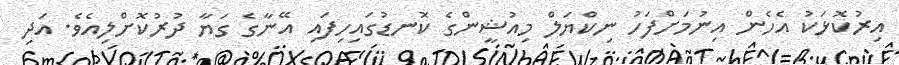
އިރުކޮޅަކު އެހެން އިނުމަށްފަހު ނިކްޔަލް މިއުޝީންގެ ކޮނޑުގައިހިފައި އޭނާގެ ގަޔާ ދުރުކޮށްލިއެވެ. އަދި